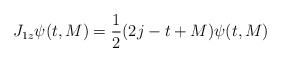
\begin{align*}J_{1z}\psi (t,M)=\frac{1}{2}(2j-t+M)\psi (t,M)\end{align*}